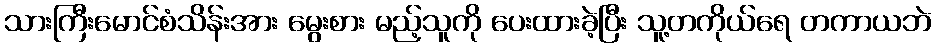
သားကြီးမောင်စံသိန်းအား မွေးစား မည့်သူကို ပေးထားခဲ့ပြီး သူ့တကိုယ်ရေ တကာယဘဲ